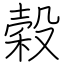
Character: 穀